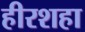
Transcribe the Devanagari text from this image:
हीरशहा